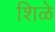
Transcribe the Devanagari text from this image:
शिळे